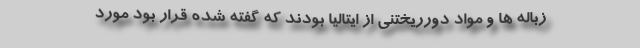
زباله ها و مواد دورریختنی از ایتالیا بودند که گفته شده قرار بود مورد